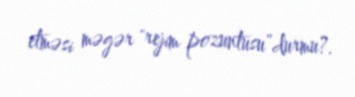
etməsi məgər "rejim pozuntusu”durmu?.